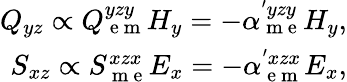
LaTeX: \begin{array}{r}{Q_{yz}\propto Q_{\mathrm{~e~m~}}^{yzy}H_{y}=-\alpha_{\mathrm{~m~e~}}^{'yzy}H_{y},}\\ {S_{xz}\propto S_{\mathrm{~m~e~}}^{xzx}E_{x}=-\alpha_{\mathrm{~e~m~}}^{'xzx}E_{x},}\end{array}